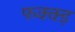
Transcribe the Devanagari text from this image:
फक्क्ड़